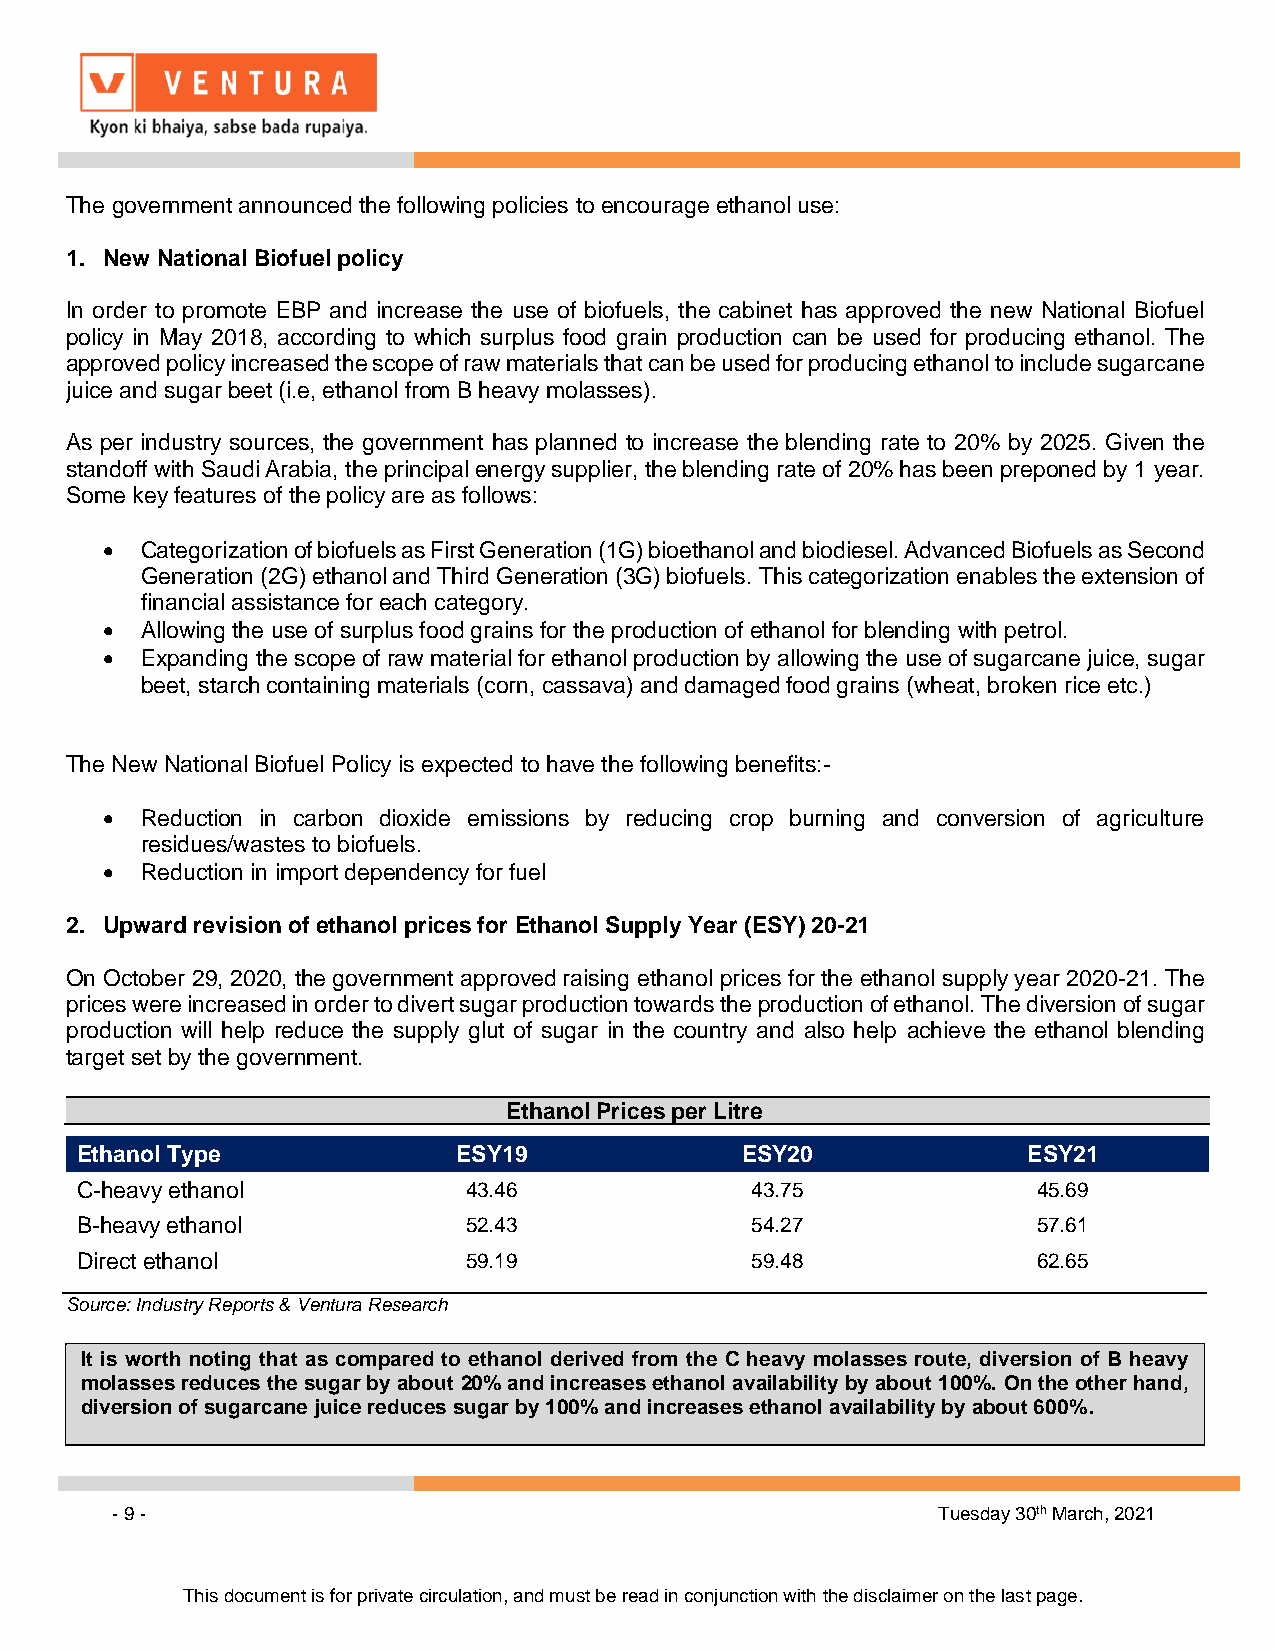
The government announced the following policies to encourage ethanol use:
 1. New National Biofuel policy
 In order to promote EBP and increase the use of biofuels, the cabinet has approved the new National Biofuel
 policy in May 2018, according to which surplus food grain production can be used for producing ethanol. The
 approved policy increased the scope of raw materials that can be used for producing ethanol to include sugarcane
 juice and sugar beet (i.e, ethanol from B heavy molasses).
 As per industry sources, the government has planned to increase the blending rate to 20% by 2025. Given the
 standoff with Saudi Arabia, the principal energy supplier, the blending rate of 20% has been preponed by 1 year.
 Some key features of the policy are as follows:
 • Categorization of biofuels as First Generation (1G) bioethanol and biodiesel. Advanced Biofuels as Second
 Generation (2G) ethanol and Third Generation (3G) biofuels. This categorization enables the extension of
 financial assistance for each category.
 • Allowing the use of surplus food grains for the production of ethanol for blending with petrol.
 • Expanding the scope of raw material for ethanol production by allowing the use of sugarcane juice, sugar
 beet, starch containing materials (corn, cassava) and damaged food grains (wheat, broken rice etc.)
 The New National Biofuel Policy is expected to have the following benefits:-
 • Reduction in carbon dioxide emissions by reducing crop burning and conversion of agriculture
 residues/wastes to biofuels.
 • Reduction in import dependency for fuel
 2. Upward revision of ethanol prices for Ethanol Supply Year (ESY) 20-21
 On October 29, 2020, the government approved raising ethanol prices for the ethanol supply year 2020-21. The
 prices were increased in order to divert sugar production towards the production of ethanol. The diversion of sugar
 production will help reduce the supply glut of sugar in the country and also help achieve the ethanol blending
 target set by the government.
 Ethanol Prices per Litre
 Ethanol Type             ESY19              ESY20              ESY21
 C-heavy ethanol           43.46              43.75              45.69
 B-heavy ethanol           52.43              54.27              57.61
 Direct ethanol            59.19              59.48              62.65
 Source: Industry Reports & Ventura Research
 It is worth noting that as compared to ethanol derived from the C heavy molasses route, diversion of B heavy
 molasses reduces the sugar by about 20% and increases ethanol availability by about 100%. On the other hand,
 diversion of sugarcane juice reduces sugar by 100% and increases ethanol availability by about 600%.
 - 9 -                                                  Tuesday 30th March, 2021
 This document is for private circulation, and must be read in conjunction with the disclaimer on the last page.